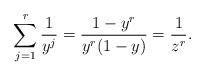
LaTeX: \begin{align*} \sum_{j=1}^r \frac{1}{y^j}=\frac{1-y^r}{y^r(1-y)}=\frac{1}{z^{r}}.\end{align*}